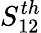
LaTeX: S_{12}^{th}